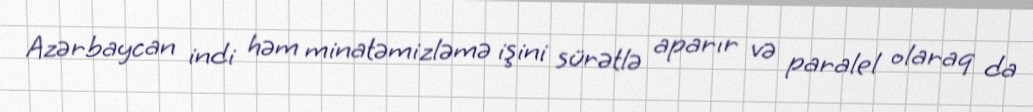
Azərbaycan indi həm minatəmizləmə işini sürətlə aparır və paralel olaraq da